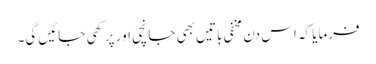
فرمایا کہ اس دن مخفی باتیں بھی جانچی اور پرکھی جائیں گی۔